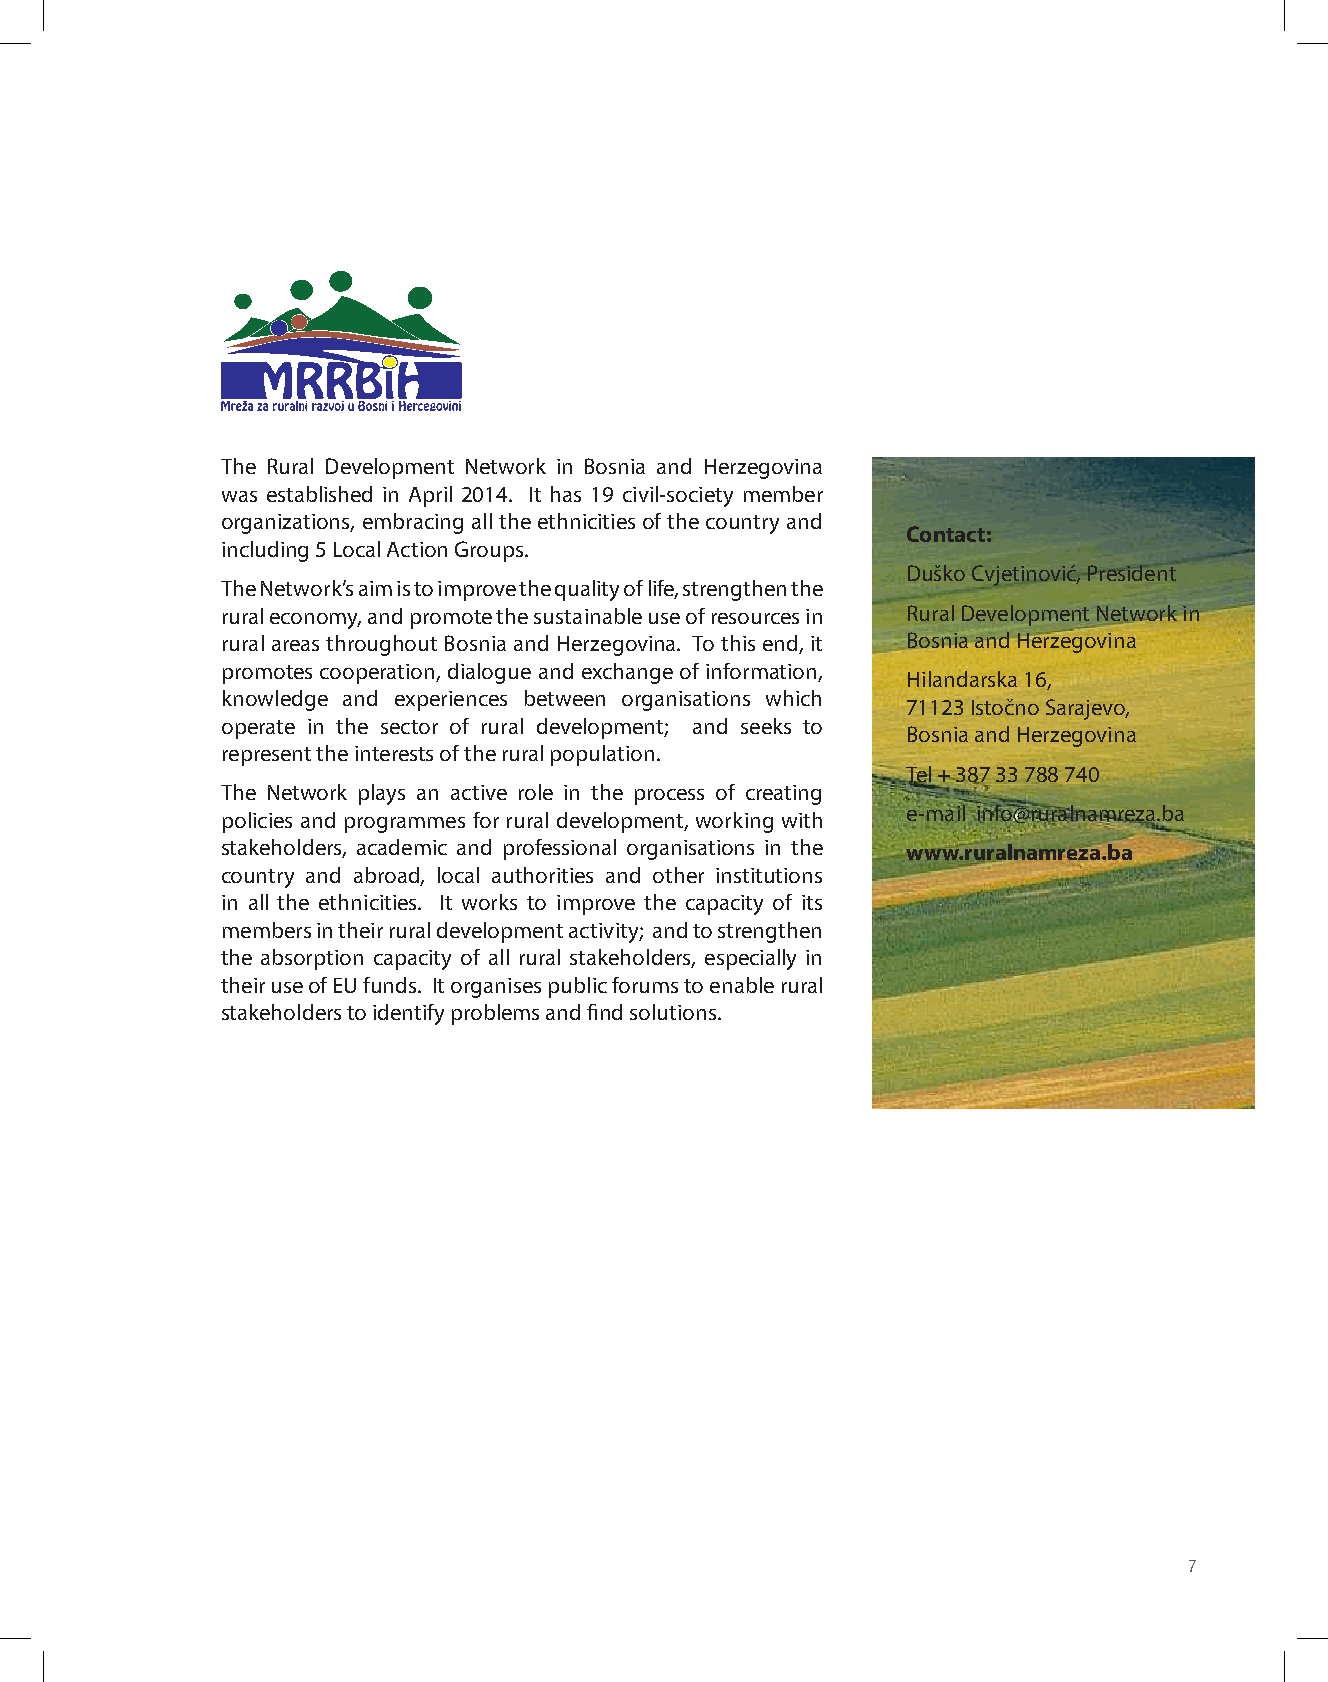
Rural Development Network in The Rural Development Network in Bosnia and Herzegovina
 was established in April 2014. It has 19 civil-society member
 BOSNIA and     organizations, embracing all the ethnicities of the country and
 Contact:
 including 5 Local Action Groups.
 Duško Cvjetinović, President
 HERZEGOVINA    The Network’s aim is to improve the quality of life, strengthen the
 rural economy, and promote the sustainable use of resources in Rural Development Network in
 rural areas throughout Bosnia and Herzegovina. To this end, it Bosnia and Herzegovina
 promotes cooperation, dialogue and exchange of information,
 Hilandarska 16,
 knowledge and experiences between organisations which
 71123 Istočno Sarajevo,
 operate in the sector of rural development; and seeks to
 Bosnia and Herzegovina
 represent the interests of the rural population.
 Tel + 387 33 788 740
 The Network plays an active role in the process of creating
 e-mail info@ruralnamreza.ba
 policies and programmes for rural development, working with
 stakeholders, academic and professional organisations in the www.ruralnamreza.ba
 country and abroad, local authorities and other institutions
 in all the ethnicities. It works to improve the capacity of its
 members in their rural development activity; and to strengthen
 the absorption capacity of all rural stakeholders, especially in
 their use of EU funds. It organises public forums to enable rural
 stakeholders to identify problems and find solutions.
 7